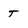
Character: T